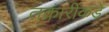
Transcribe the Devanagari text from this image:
तक्रारींकडे